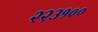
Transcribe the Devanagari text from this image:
२२३१००